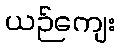
ယဉ်ကျေး